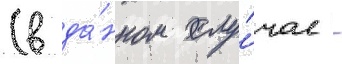
(в да́нном слу́чае -